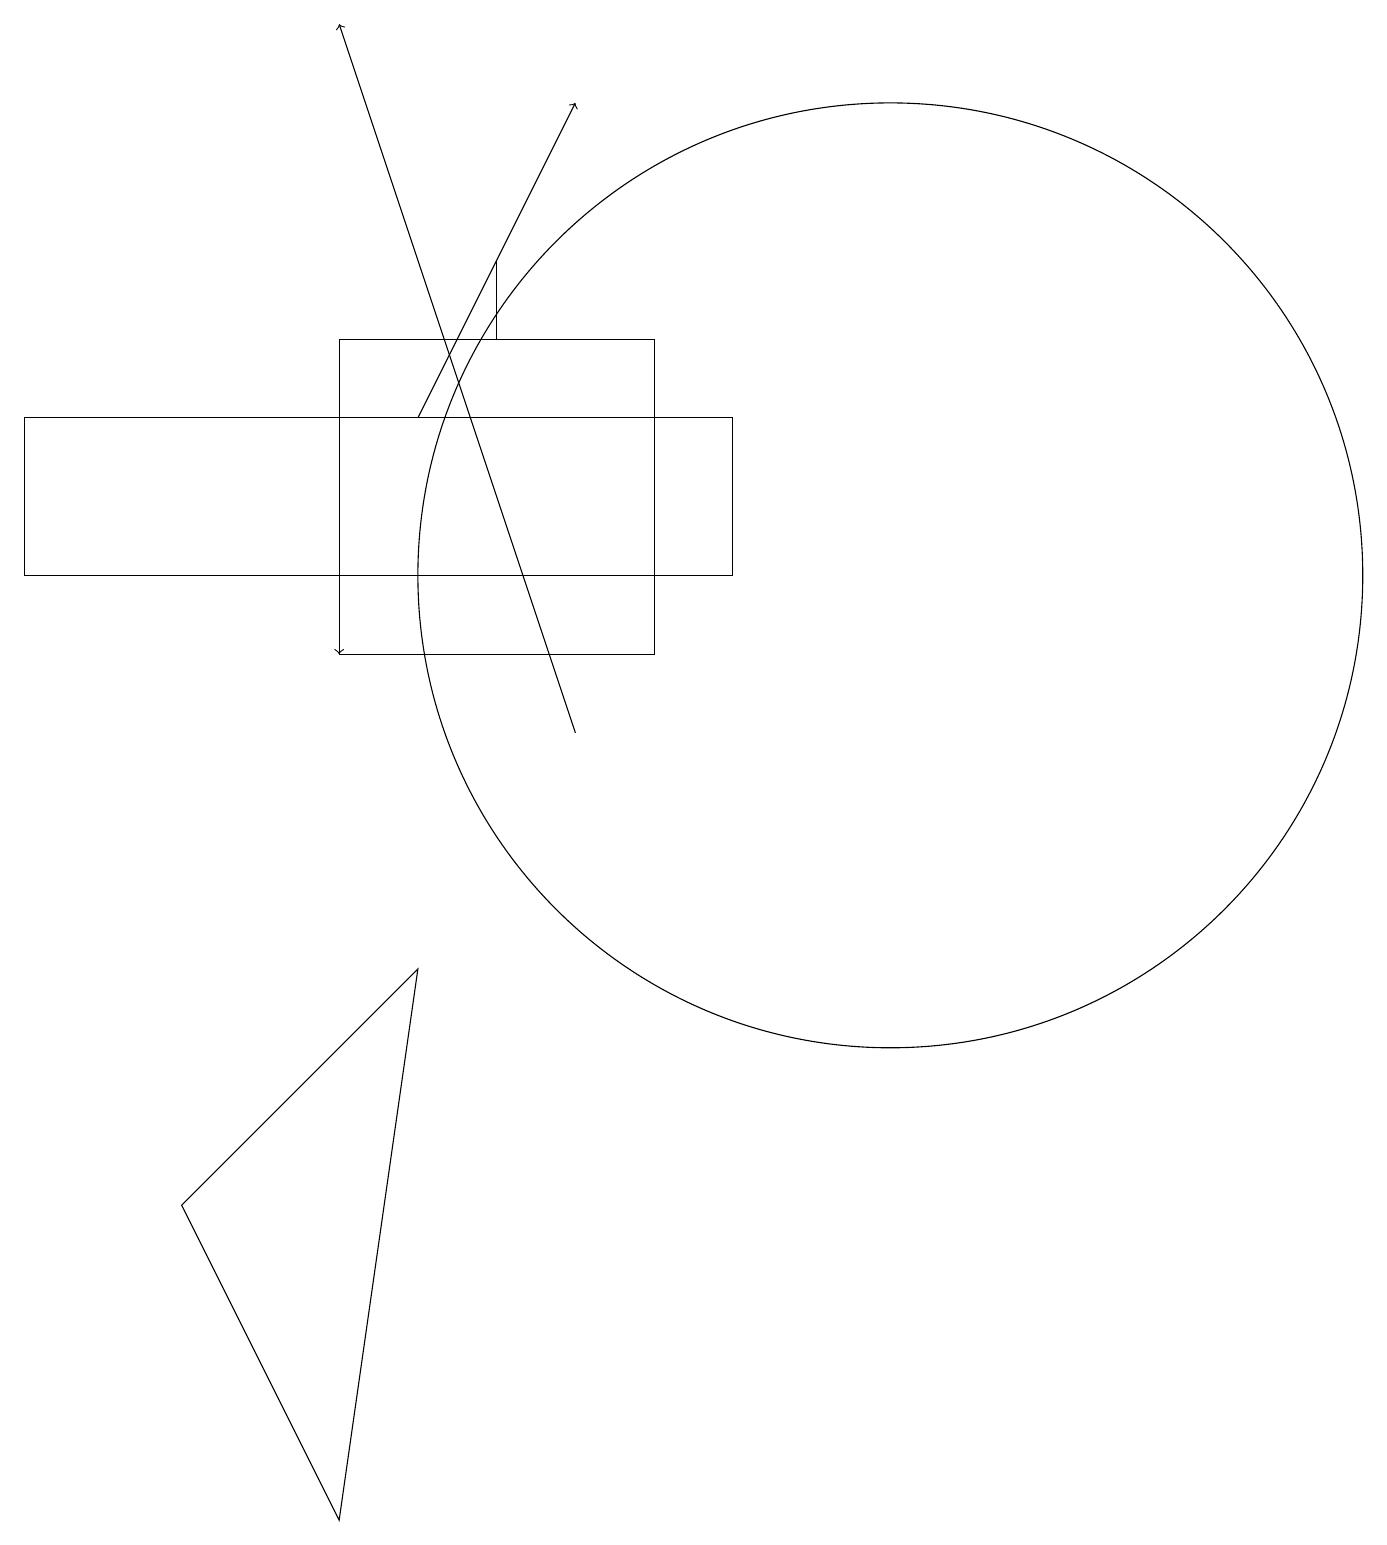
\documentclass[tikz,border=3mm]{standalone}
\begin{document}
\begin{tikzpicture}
\draw (8,11) rectangle (4,15);
\draw[->] (7,10) -- (4,19);
\draw (9,12) rectangle (0,14);
\draw (6,16) rectangle (6,15);
\draw[->] (4,12) -- (4,11);
\draw (11,12) circle (6);
\draw[->] (5,14) -- (7,18);
\draw (5,7) -- (4,0) -- (2,4) -- cycle;
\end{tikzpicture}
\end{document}